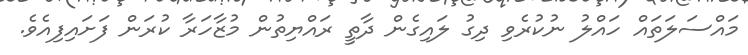
މައްސަލަތައް ހައްލު ނުކުރެވި ދިގު ލައިގެން ދާތީ ރައްޔިތުން މުޒާހަރާ ކުރަން ފަށައިފިއެވެ.